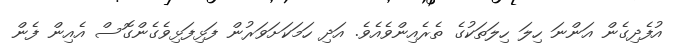
އުފެދިގެން އަންނަ ހިލަ ހިލަތަކުގެ ތެރެއިންވެއެވެ. އަދި ހަމަކަށަވަރުން ފަޅިފަޅިވެގެންގޮސް އެއިން ފެން